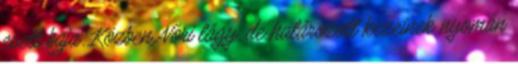
esett baja. Közben Nóri lágy, de határozott kezeinek nyomán